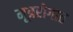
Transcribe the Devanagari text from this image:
मूत्ररोगात